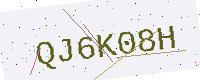
Text: QJ6K08H